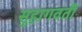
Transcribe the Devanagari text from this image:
सुहागवती